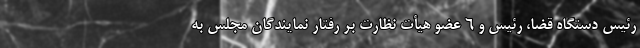
رئیس دستگاه قضا، رئیس و ۶ عضو هیأت نظارت بر رفتار نمایندگان مجلس به